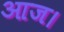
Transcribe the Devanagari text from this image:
आज।